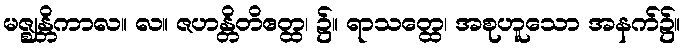
မဇ္ဈန္တိကာလ။ လ။ ဇဟန္တိတိဧတ္ထ၊ ၌။ ရာသတ္ထေ၊ အစုဟူသော အနက်၌။